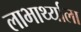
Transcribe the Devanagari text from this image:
लाभार्थ्याला